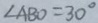
\angle A B O = 3 0 ^ { \circ }